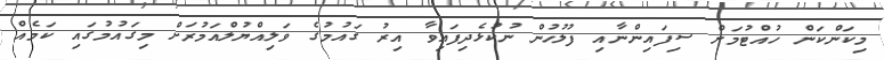
މިކަންކަން ހުއްޓުމަށް ސިފައިންނާއި ފުލުހުން ނުކުޅެދިފައިވާ އިރު ގައުމުގެ ވަލިއްޔުލްއަމުރަށް މިގައުމުގައި ކަމެއް